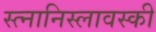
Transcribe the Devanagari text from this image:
स्त्नानिस्लावस्की